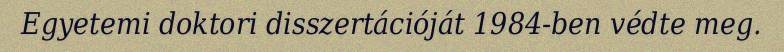
Egyetemi doktori disszertációját 1984-ben védte meg.